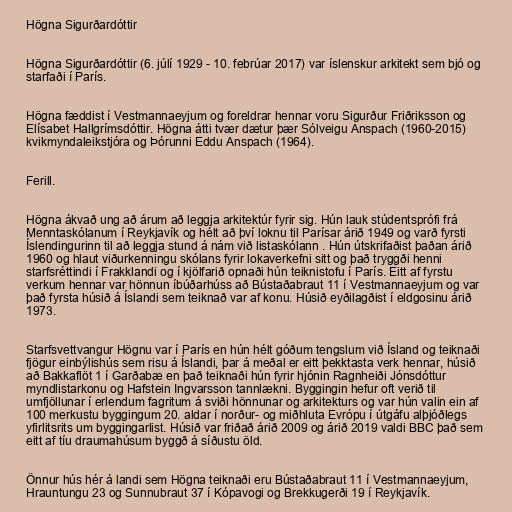
Högna Sigurðardóttir

Högna Sigurðardóttir (6. júlí 1929 - 10. febrúar 2017) var íslenskur arkitekt sem bjó og
starfaði í París.

Högna fæddist í Vestmannaeyjum og foreldrar hennar voru Sigurður Friðriksson og
Elísabet Hallgrímsdóttir. Högna átti tvær dætur þær Sólveigu Anspach (1960-2015)
kvikmyndaleikstjóra og Þórunni Eddu Anspach (1964).

Ferill.

Högna ákvað ung að árum að leggja arkitektúr fyrir sig. Hún lauk stúdentsprófi frá
Menntaskólanum í Reykjavík og hélt að því loknu til Parísar árið 1949 og varð fyrsti
Íslendingurinn til að leggja stund á nám við listaskólann . Hún útskrifaðist þaðan árið
1960 og hlaut viður­kenn­ingu skól­ans fyr­ir loka­verk­efni sitt og það tryggði henni
starfs­rétt­indi í Frakklandi og í kjölfarið opnaði hún teiknistofu í París. Eitt af fyrstu
verkum hennar var hönnun íbúðarhúss að Bústaðabraut 11 í Vestmannaeyjum og var
það fyrsta húsið á Íslandi sem teiknað var af konu. Húsið eyðilagðist í eldgosinu árið
1973.

Starfsvettvangur Högnu var í París en hún hélt góðum tengslum við Ísland og teiknaði
fjögur einbýlishús sem risu á Íslandi, þar á meðal er eitt þekktasta verk hennar, húsið
að Bakkaflöt 1 í Garðabæ en það teiknaði hún fyrir hjónin Ragnheiði Jónsdóttur
myndlistarkonu og Hafstein Ingvarsson tannlækni. Byggingin hefur oft verið til
umfjöllunar í erlendum fagritum á sviði hönnunar og arkitekturs og var hún valin ein af
100 merkustu byggingum 20. aldar í norður- og miðhluta Evrópu í útgáfu alþjóðlegs
yfirlitsrits um byggingarlist. Húsið var friðað árið 2009 og árið 2019 valdi BBC það sem
eitt af tíu draumahúsum byggð á síðustu öld.

Önnur hús hér á landi sem Högna teiknaði eru Bústaðabraut 11 í Vestmannaeyjum,
Hrauntungu 23 og Sunnubraut 37 í Kópavogi og Brekkugerði 19 í Reykjavík.